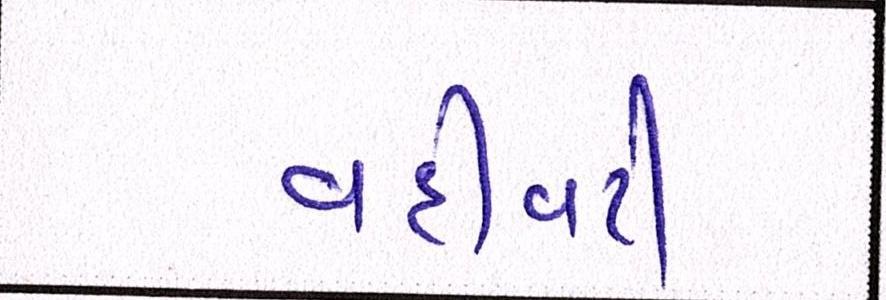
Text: વહીવટી